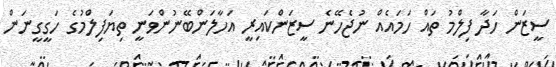
ސީޒަން ހަދާ ފިލްމު ތައް ހަމައެއް ނުޖެހޭނެ ސީޒަންކައިރީ އަހާލަންބޭނުންވަނީ ތިޔަފިލްމުގެ ހަގީގީނަން